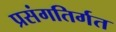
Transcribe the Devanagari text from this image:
प्रसंगतिर्गत